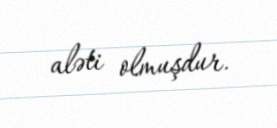
aləti olmuşdur.